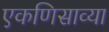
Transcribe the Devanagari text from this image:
एकणिसाव्या